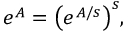
\begin{array} { r } { e ^ { A } = \big ( e ^ { A / s } \big ) ^ { s } , } \end{array}